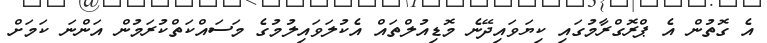
އެ ގޮތުން އެ ޕްރޮގްރާމުގައި ކިޔަވައިދޭނެ މޮޑިއުލްތައް އެކުލަވައިލުމުގެ މަސައްކަތްކުރަމުން އަންނަ ކަމަށް